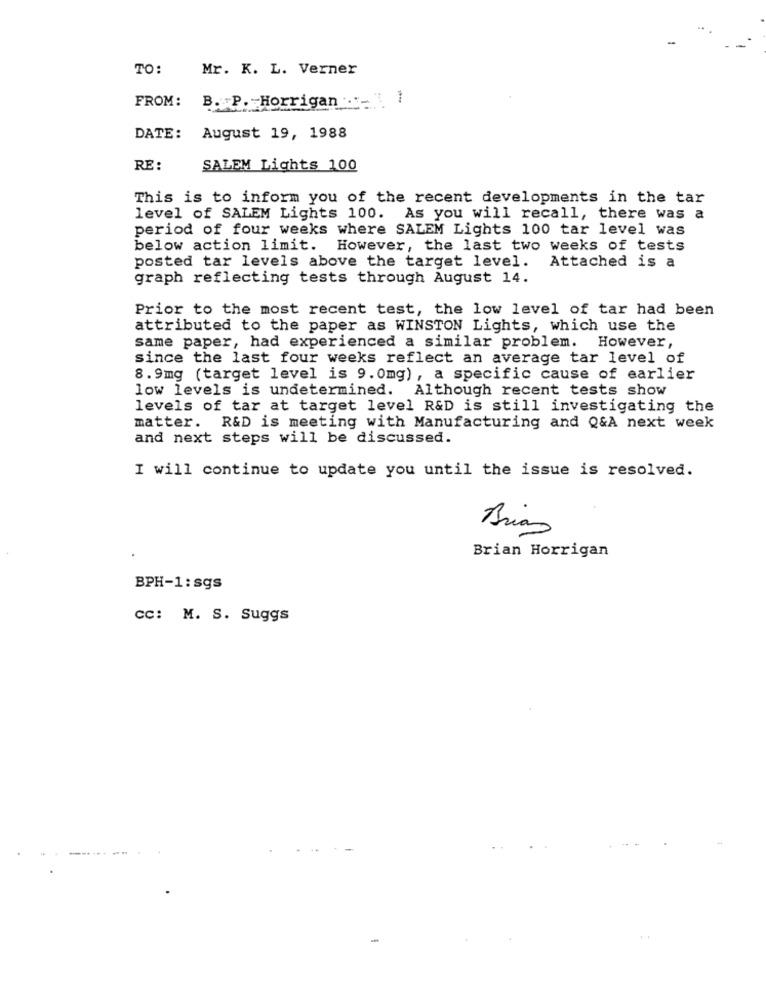
TO:
Mr. K. L. Verner
FROM:
B. P. - Horrigan 1
DATE: August 19, 1988
RE :
SALEM Lights 100
This is to inform you of the recent developments in the tar
level of SALEM Lights 100. As you will recall, there was a
period of four weeks where SALEM Lights 100 tar level was
below action limit. However, the last two weeks of tests
posted tar levels above the target level. Attached is a
graph reflecting tests through August 14.
Prior to the most recent test, the low level of tar had been
attributed to the paper as WINSTON Lights, which use the
same paper, had experienced a similar problem. However,
since the last four weeks reflect an average tar level of
8.9mg (target level is 9.0mg), a specific cause of earlier
low levels is undetermined. Although recent tests show
levels of tar at target level R&D is still investigating the
matter. R&D is meeting with Manufacturing and Q&A next week
and next steps will be discussed.
I will continue to update you until the issue is resolved.
Brian
Brian Horrigan
BPH-1: sgs
CC: M. S. Suggs